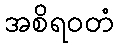
အစိရဝတံ